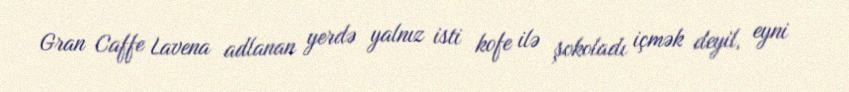
Gran Caffe Lavena adlanan yerdə yalnız isti kofe ilə şokoladı içmək deyil, eyni